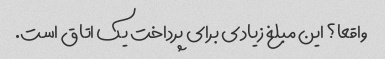
واقعا؟ این مبلغ زیادی برای پرداخت یک اتاق است.